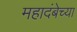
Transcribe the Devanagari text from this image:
महादंबेच्या